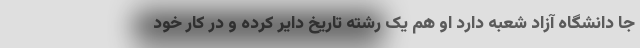
جا دانشگاه آزاد شعبه دارد او هم یک رشته تاریخ دایر کرده و در کار خود